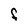
Character: F